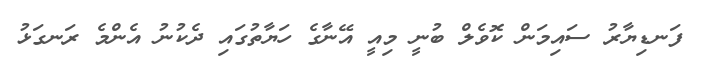
ފަނޑިޔާރު ސައިމަން ކޮވެލް ބުނީ މިއީ އޭނާގެ ހަޔާތުގައި ދެކުނު އެންމެ ރަނގަޅު